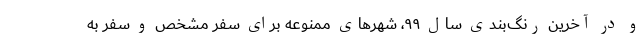
و در آخرین رنگ‌بندی سال ۹۹، شهرهای ممنوعه برای سفر مشخص و سفر به